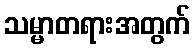
သမ္မာတရားအတွက်